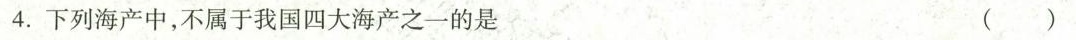
4.下列海产中，不属于我国四大海产之一的是 ()